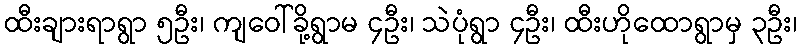
ထီးချားရာရွာ ၅ဦး၊ ကျဝေါ်ခို့ရွာမ ၄ဦး၊ သဲပုံရွာ ၄ဦး၊ ထီးဟိုထောရွာမှ ၃ဦး၊